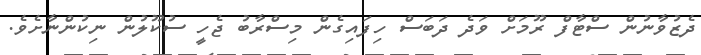
ދެޒުވާނުން ސްޓާފް ރޫމަށް ވަދެ ދަބަސް ހިފައިގެން މިސްރާބު ޖެހީ ސުކޫލުން ނިކުންނާށެވެ.